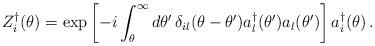
LaTeX: \begin{align*}Z_{i}^{\dagger }(\theta )=\exp \left[ -i\int_{\theta }^{\infty }d\theta^{\prime }\,\delta _{il}(\theta -\theta ^{\prime })a_{l}^{\dagger }(\theta^{\prime })a_{l}(\theta ^{\prime })\right] a_{i}^{\dagger }(\theta )\,.\end{align*}